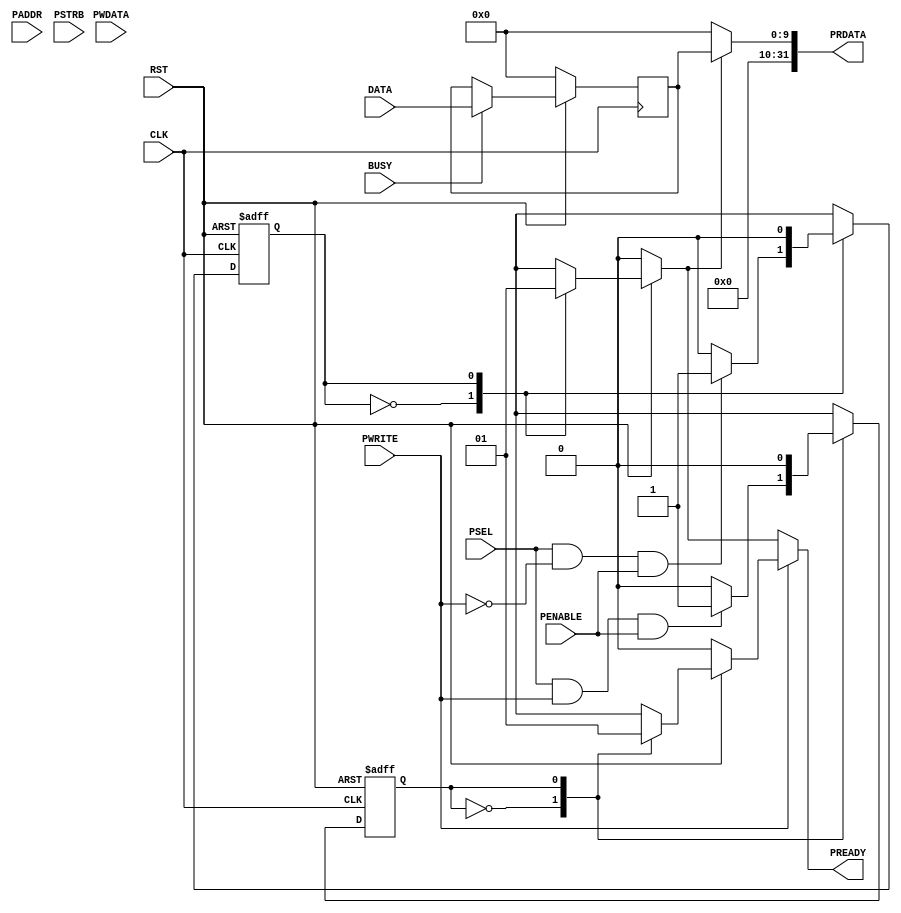
module ADC_interface_APB(CLK, RST, PWRITE, PSEL, PENABLE, PREADY, PADDR, PWDATA, PSTRB, PRDATA, BUSY, DATA);

//----general--input----
	input CLK,RST,PWRITE, PSEL, PENABLE;
//----general--output----
	output wire PREADY;
//----write--input----
	input [31:0] PADDR,PWDATA;
	input [3:0] PSTRB;
//----write--output----

//----write--signals----
	reg state_write;
	reg PREADY_W;
//----read--input----
	input [9:0] DATA;
	input BUSY;
//----read--output----
	output wire [31:0] PRDATA;
//----read--signals----
	reg state_read, ena_PRDATA;
	reg PREADY_R;
	reg [9:0] latch_DATA; 


//----FSM--WRITE----

	parameter START_W = 1'b0, PREADY_P = 1'b1, START_R = 1'b0, PROCESS = 1'b1;		

//----RESET--PARAMETERS----

	always @( posedge CLK or negedge RST)
	begin		
	if (~RST) begin
		state_write = START_W;
	end
//----LOGIC----
	else
		begin
			case (state_write)

			START_W :if (PSEL & PWRITE & PENABLE == 1'b1) 
				begin
					state_write = PREADY_P;
				end
			else
				begin
					state_write = START_W;
				end

			PREADY_P: 
				begin 
					state_write = START_W;
				end

			endcase
		end
	end
//----OUTPUTS--FSM--WRITE----
	always @(state_write or RST)
	begin		
		if (RST == 1'b0)
		begin
				PREADY_W = 0;
		end
	//----LOGIC----
		else
		begin	
			case (state_write)
				START_W :begin //----0
				PREADY_W = 0;
					end
				PREADY_P :begin //----1
				PREADY_W = 1;
					end				
			endcase
		end
	end
//----OUTPUT--PREADY----****************************************

assign PREADY = PWRITE ? PREADY_W : PREADY_R;
//----FSM--READ----


//----RESET--PARAMETERS----
	always @( posedge CLK or negedge RST)
	begin		
	if (~RST) begin
		state_read = START_R;
	end
//----LOGIC----
	else
		begin
			case (state_read)
			START_R :if (PSEL & ~PWRITE & PENABLE == 1'b1) 
				begin
					state_read = PROCESS;
				end
			else
				begin
					state_read = START_R;
				end
			
			PROCESS: 
				begin 
					state_read = START_R;
				end
						
			endcase
		end
	end
//----OUTPUTS--FSM--READ----
	always @(state_read or RST)
	begin		
		if (RST == 1'b0)
		begin
				PREADY_R = 0;
				ena_PRDATA = 0;
		end

//----LOGIC----
		else
		begin	
				case (state_read)
				START_R :begin
					PREADY_R = 0;
					ena_PRDATA = 0;
					end
				PROCESS :begin
					PREADY_R = 1;
					ena_PRDATA = 1;
					end

				endcase
		end
	end

//----FLIP--FLOPS--WRITE----
	always @( posedge CLK )
	begin
		if (~RST) begin
			latch_DATA <= 10'b0;
		end
		else 
		begin
			if (BUSY)			
				begin
					latch_DATA <= DATA;
				end
			else 
				begin
					latch_DATA <= latch_DATA;
				end
		end		
	end

assign PRDATA = ena_PRDATA ? latch_DATA:10'b0;

//----OUTPUT--PREADY----****************************************

assign PREADY = PWRITE ? PREADY_W : PREADY_R;

endmodule